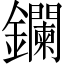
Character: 鑭